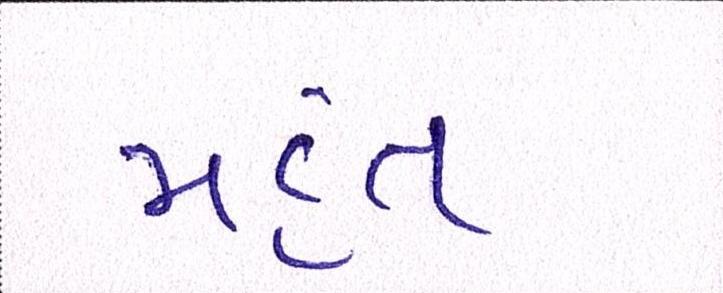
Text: મહંત